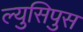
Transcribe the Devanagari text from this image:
ल्युसिपुस